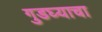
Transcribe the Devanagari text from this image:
गुडघ्याचा